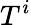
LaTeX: T^{i}